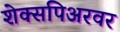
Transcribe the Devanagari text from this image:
शेक्सपिअरवर